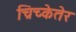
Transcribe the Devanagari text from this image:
च्रिच्केतेर